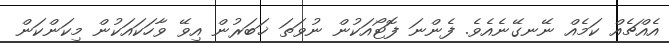
އެއްޗެއް ކަމެއް ނޭނގޭނެއެވެ. ފެންނަ ފޮޓޯއަކުން ނުވަތަ ޚަބަރުން އިވޭ ވާހަކައަކުން މިކަންކަން